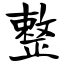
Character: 整